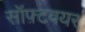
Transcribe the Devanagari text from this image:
सॉफ़्टवयर